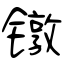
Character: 镦